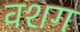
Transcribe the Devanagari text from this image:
वशग